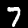
Label: 7